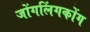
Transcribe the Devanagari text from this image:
जोंगलिंगकोंग